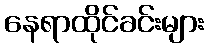
နေရာထိုင်ခင်းများ